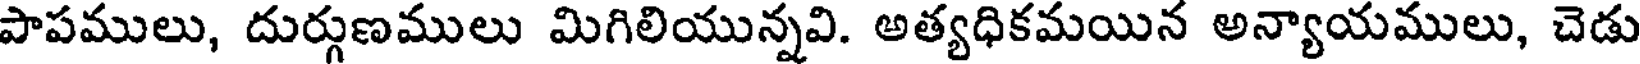
పాపములు, దుర్గుణములు మిగిలియున్నవి. అత్యధికమయిన అన్యాయములు, చెడు